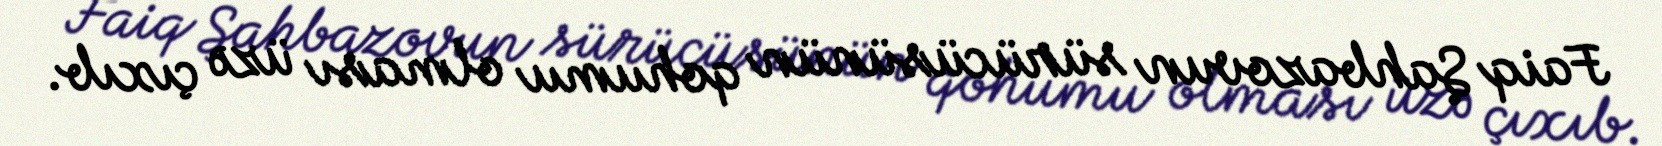
Faiq Şahbazovun sürücüsünün qohumu olması üzə çıxıb.